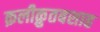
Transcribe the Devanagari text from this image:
क़लीक़ुतबशाह